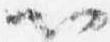
以